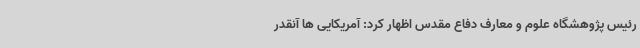
رئیس پژوهشگاه علوم و معارف دفاع مقدس اظهار کرد: آمریکایی ها آنقدر